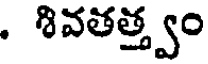
. శివతత్త్వం